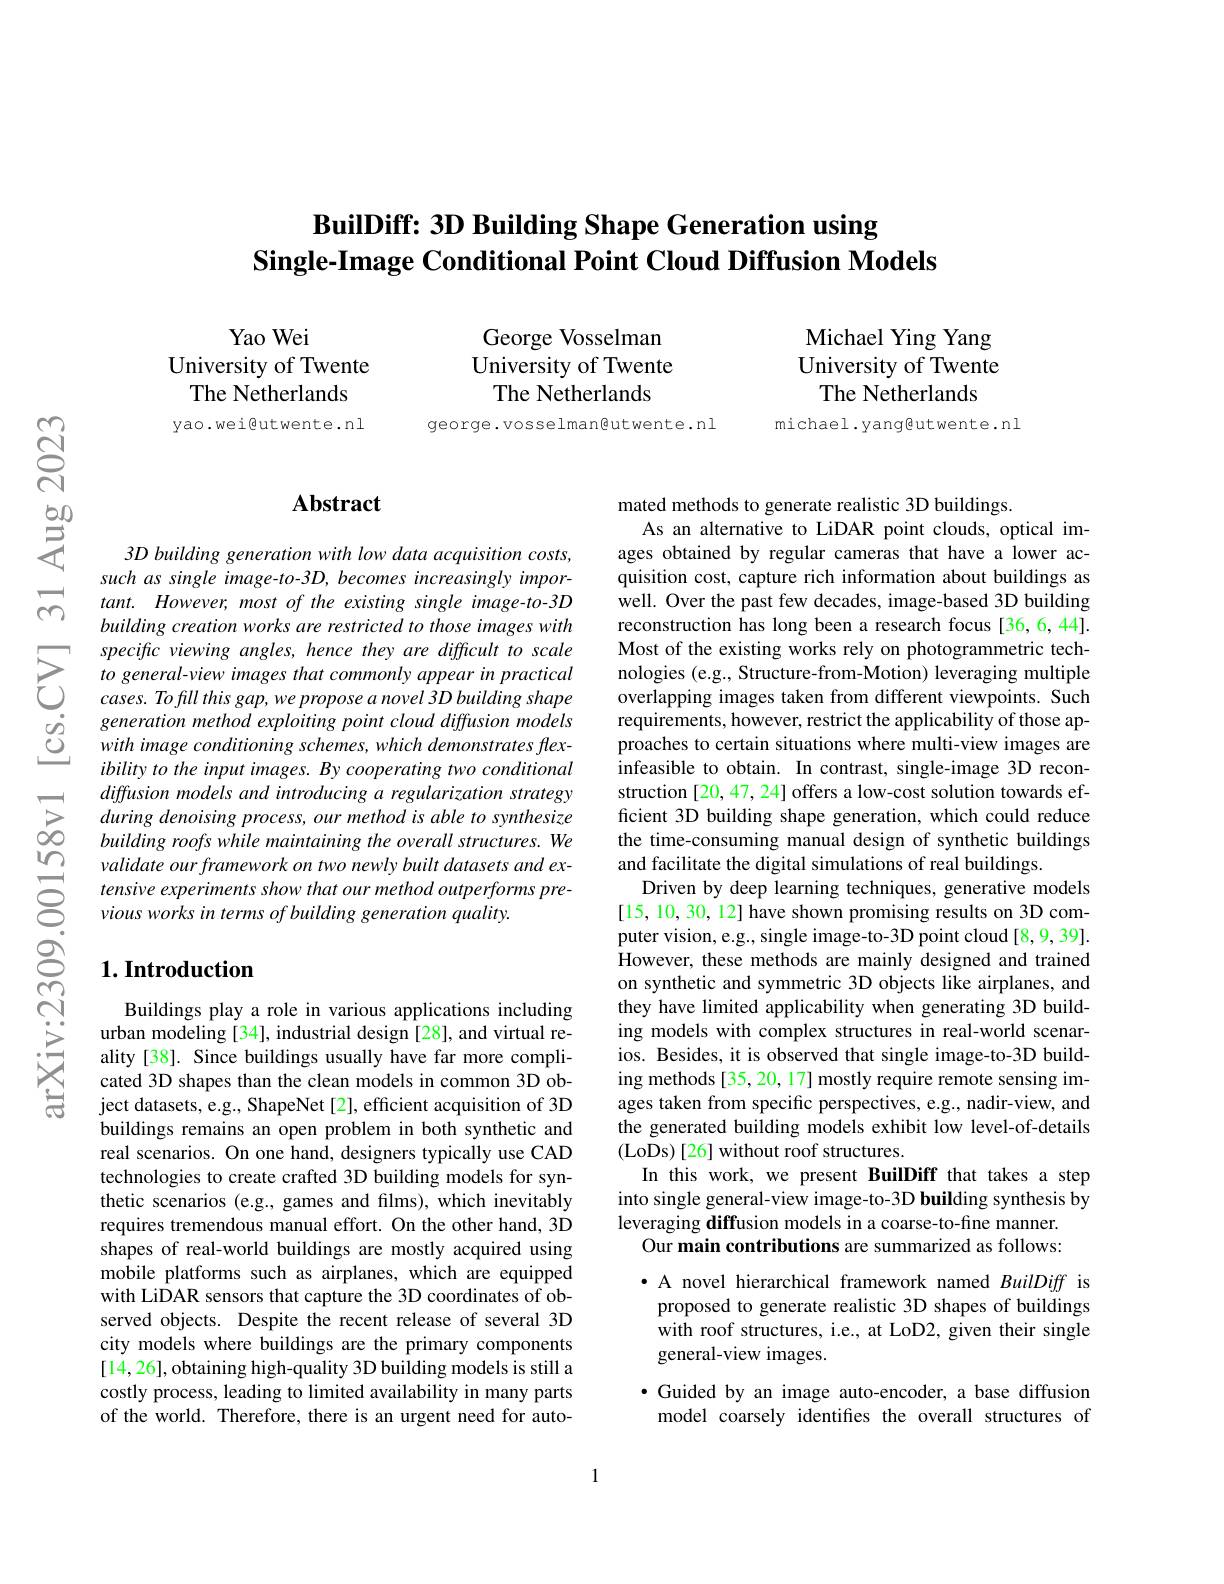
## BuilDiff: 3D Building Shape Generation using Single-Image Conditional Point Cloud Diffusion Models

Yao Wei
University of Twente
The Netherlands

yao.wei@utwente.nl

George Vosselman University of Twente The Netherlands

george.vosselman@utwente.nl

Michael Ying Yang University of Twente
The Netherlands

michael.yangeutwente.nl

## Abstract

3D building generation with low data acquisition costs, such as single image-to-3D, becomes increasingly impor- $tant.However,mostoftheexistingsingleimage-to-3D$ building creation works are restricted to those images with specific viewing angles, hence they are difficult to scale to general-view images that commonly appear in practical cases. To fill this gap, we propose a novel 3D building shape generation method exploiting point cloud diffusion models with image conditioning schemes, which demonstrates flexibility to the input images. By cooperating two conditional diffusion models and introducing a regularization strategy
diffuston models and introducı ng a reguları zatı on strategy $\sum$during denoising process, our method is able to synthesize $\infty$building roofs while maintaining the overall structures. We
building roofs while maintaining the overall structures. We validate our framework on two newly built datasets and extensive experiments show that our method outperforms previous works in terms of building generation quality.

## $1. \textbf{Introduction}$

Buildings play a role in various applications including urban modeling [34], industrial design [28], and virtual reality [38]. Since buildings usually have far more complicated 3D shapes than the clean models in common 3D object datasets, e.g., ShapeNet [2], efficient acquisition of 3D buildings remains an open problem in both synthetic and real scenarios. On one hand, designers typically use CAD technologies to create crafted 3D building models for synthetic scenarios (e.g., games and films), which inevitably requires tremendous manual effort. On the other hand, 3D shapes of real-world buildings are mostly acquired using mobile platforms such as airplanes, which are equipped with LiDAR sensors that capture the 3D coordinates of observed objects. Despite the recent release of several 3D city models where buildings are the primary components [14,26],obtaining high-quality 3D building models is still a costly process, leading to limited availability in many parts of the world. Therefore, there is an urgent need for auto-

mated methods to generate realistic 3D buildings.
As an alternative to LiDAR point clouds, optical images obtained by regular cameras that have a lower acquisition cost, capture rich information about buildings as well. Over the past few decades, image-based 3D building reconstruction has long been a research focus [36,6,44]. Most of the existing works rely on photogrammetric technologies (e.g., Structure-from-Motion) leveraging multiple overlapping images taken from different viewpoints. Such requirements, however, restrict the applicability of those approaches to certain situations where multi-view images are infeasible to obtain. In contrast, single-image 3D reconstruction [20,47,24] offers a low-cost solution towards efficient 3D building shape generation, which could reduce the time-consuming manual design of synthetic buildings and facilitate the digital simulations of real buildings.
Driven by deep learning techniques, generative models [15,10,30,12] have shown promising results on 3D computer vision, e.g., single image-to-3D point cloud [8,9,39]. However, these methods are mainly designed and trained on synthetic and symmetric 3D objects like airplanes, and they have limited applicability when generating 3D building models with complex structures in real-world scenarios. Besides, it is observed that single image-to-3D building methods [35, 20, 17] mostly require remote sensing images taken from specific perspectives, e.g., nadir-view, and the generated building models exhibit low level-of-details (LoDs) [26] without roof structures.
In this work, we present BuilDiff that takes a step into single general-view image-to-3D building synthesis by leveraging diffusion models in a coarse-to-fine manner.
Our main contributions are summarized as follows:

· A novel hierarchical framework named BuilDiff is proposed to generate realistic 3D shapes of buildings with roof structures, i.e., at LoD2, given their single general-view images.

$\bullet$ Guided by an image auto-encoder, a base diffusion model coarsely identifies the overall structures of

1